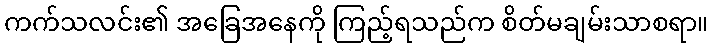
ကက်သလင်း၏ အခြေအနေကို ကြည့်ရသည်က စိတ်မချမ်းသာစရာ။